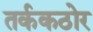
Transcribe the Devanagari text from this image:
तर्ककठोर